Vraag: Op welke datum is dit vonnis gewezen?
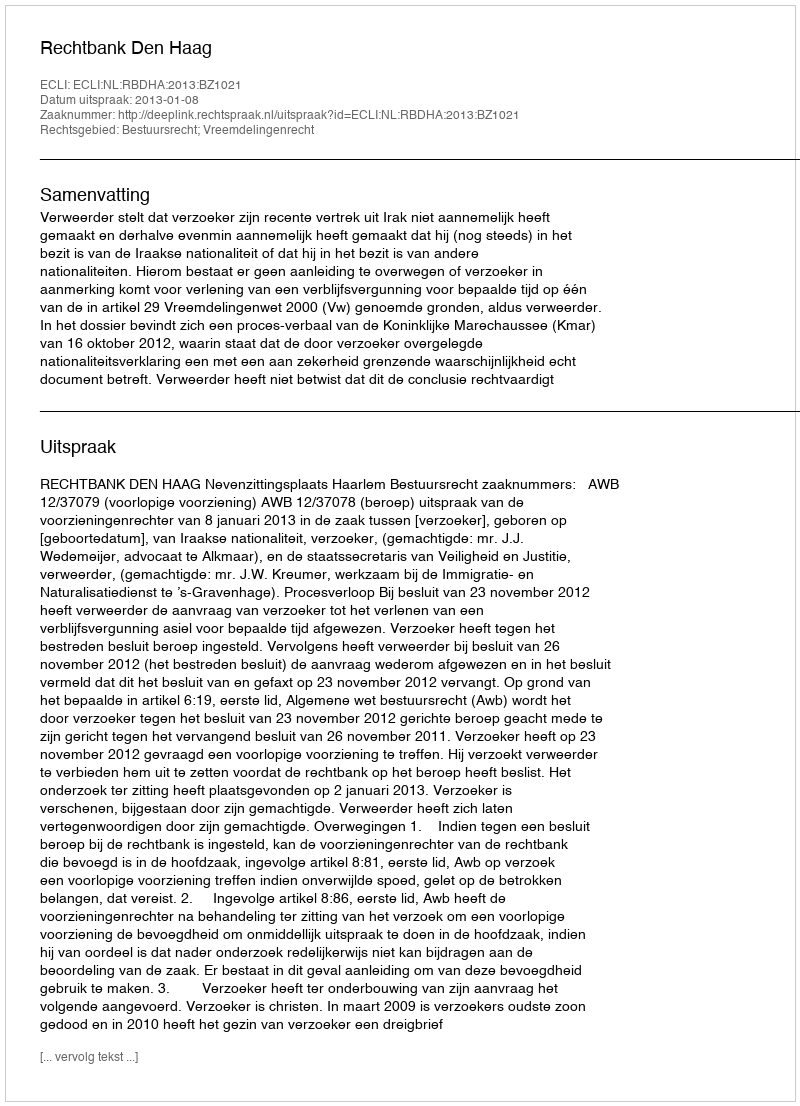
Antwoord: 2013-01-08